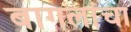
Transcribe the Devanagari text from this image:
बागलांचा